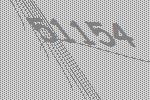
51154